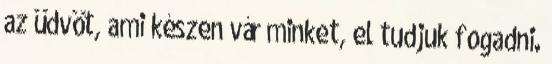
az üdvöt, ami készen vár minket, el tudjuk fogadni.